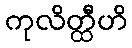
ကုလိတ္ထီဟိ